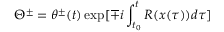
\Theta ^ { \pm } = \theta ^ { \pm } ( t ) \exp [ \mp i \int _ { t _ { 0 } } ^ { t } R ( x ( \tau ) ) d \tau ]